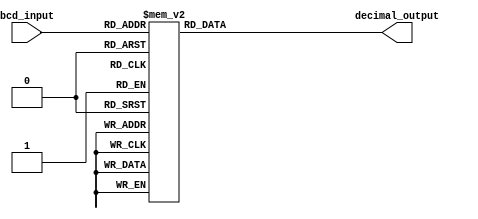
module bcd_decoder(
    input [3:0] bcd_input,
    output reg [6:0] decimal_output
);

always @(*) begin
    case(bcd_input)
        4'b0000: decimal_output = 7'b1111110; // 0
        4'b0001: decimal_output = 7'b0110000; // 1
        4'b0010: decimal_output = 7'b1101101; // 2
        4'b0011: decimal_output = 7'b1111001; // 3
        4'b0100: decimal_output = 7'b0110011; // 4
        4'b0101: decimal_output = 7'b1011011; // 5
        4'b0110: decimal_output = 7'b1011111; // 6
        4'b0111: decimal_output = 7'b1110000; // 7
        4'b1000: decimal_output = 7'b1111111; // 8
        default: decimal_output = 7'b1111111; // undefined
    endcase
end

endmodule